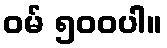
ဝမ် ၅၀၀ပါ။